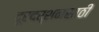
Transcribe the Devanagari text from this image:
दूरदर्शनसाठी